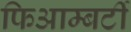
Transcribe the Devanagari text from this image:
फिआम्बर्टी